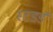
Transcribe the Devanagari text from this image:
स्टडर्ड